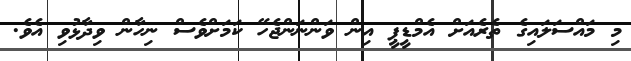
މި މައްސަލައިގެ ތެރެއަށް އެމްޑީޕީ އިން ވަންނަންޖެހޭ ކަމަށްވެސް ނިހާން ވިދާޅުވި އެވެ.